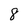
Character: 8